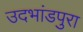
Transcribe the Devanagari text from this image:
उदभांडपुरा